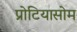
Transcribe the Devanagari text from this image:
प्रोटियासोम